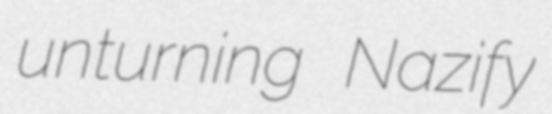
unturning Nazify